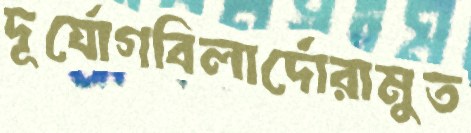
দূর্যোগবিলার্দোরামুত